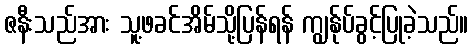
ဇနီးသည်အား သူ့ဖခင်အိမ်သို့ပြန်ရန် ကျွန်ုပ်ခွင့်ပြုခဲ့သည်။